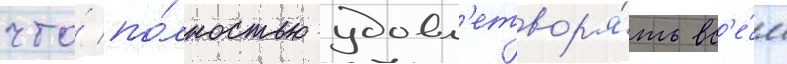
что́ по́лностью удовл'етвор'я́ть вс'е́м